Rakvere_kinnistusamet, lk 42
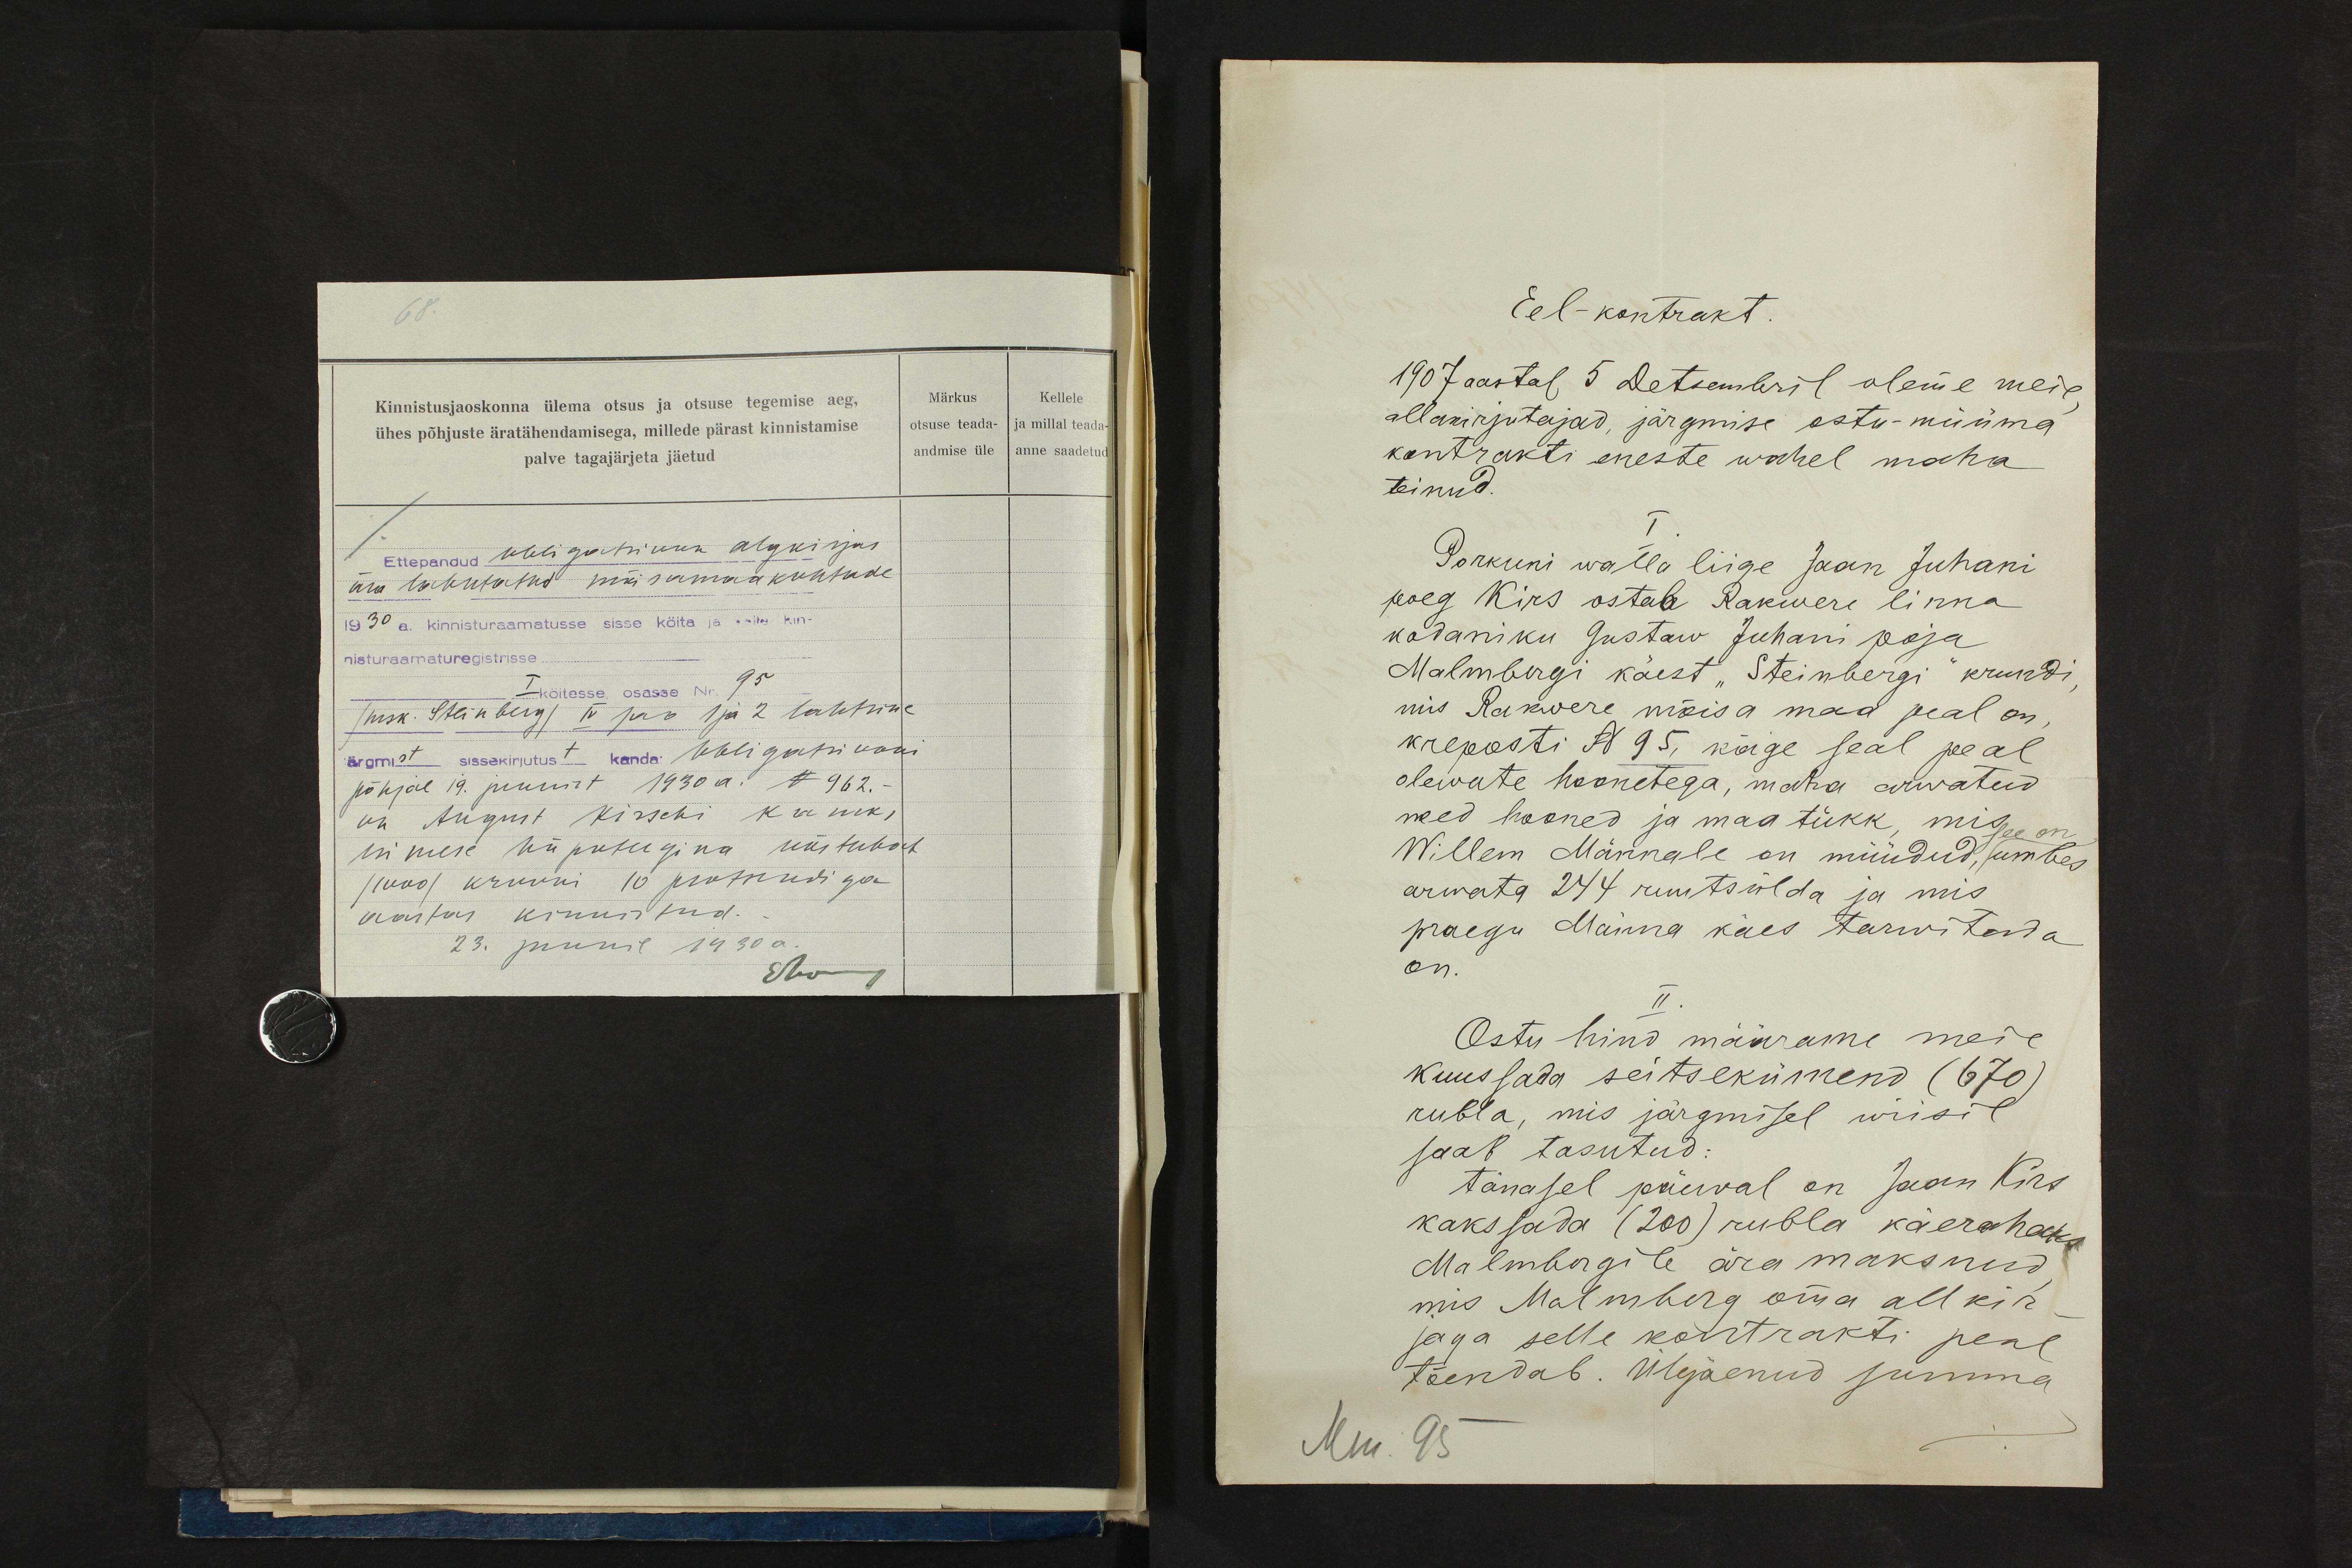
Kinnistusjaoskonna ülema otsus ja otsuse tegemise aeg,
ühes põhjuste äratähendamisega, millede pärast kinnistamise
palve tagajärjeta jäetud
Märkus
Kellele
otsuse teada- ja millal teada-
andmise üle anne saadetud
Ettepandud obligatsioon algkirjas
ära lahutatud mõisamaa kohtade
1930 a. kinnisturaamatusse sisse köita ja selle kin-
nisturaamaturegistrisse.
I köitesse osasse Nr. 95
/msk. Steinberg/ IV jao 1 ja 2 lahtrine
ärgmust sissekirjutust kanda: Obligatsiooni
põhjal 19. juunist 1930 a. N 962.-
on August Kirschi kanni
esimese hüpoteegina üks tuhat
/1000/ kruuni 10 protsendiga
aastas kinnisitud.
23. juunil 1930 a.

Eel-kontrakt.
1907 aastal 5 Detsembril oleme meie,
allakirjutajad, järgmise ostu-müüma
kontrakti eneste wahel maha
teinud.
I.
Porkuni walla liige Jaan Juhani
poeg Kirs ostab Rakwere linna
kodaniku Gustaw Juhani poja
Malmbergi käest " Steinbergi" krundi
mis Rakwere mõisa maa peal on
kreposti N 95, kõige seal peal
olewate hoonetega, maha arwatud,
need hooned ja maa tükk, mis
Willem Männale on müüdud, see on umbes
arwata 244 ruutsülda ja mis
praegu Männa käes tarwitada
on.
II.
Ostu hind määrame meie
kuussada seitsekümend (670)
rubla, mis järgmisel wiisil
saab tasutud:
tänasel päeval on Jaan Kirs
kakssada (200) rubla käerahaks
Malmbergile ära maksnud,
mis Malmberg oma all kir-
jaga selle kohrtrakti peal
tõendab. Ülejäenud summa